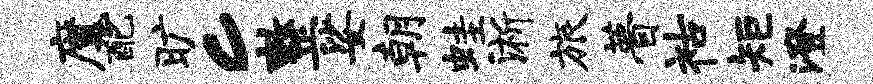
魔配旷c整娑朝蛙淅旅瞢祜矩澄